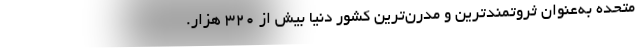
متحده به‌عنوان ثروتمندترین و مدرن‌ترین کشور دنیا بیش از ۳۲۰ هزار.